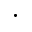
\cdot